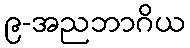
၉-အညဘာဂိယ